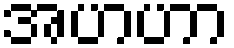
အဟဟာ